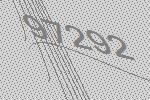
97292